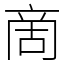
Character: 啇